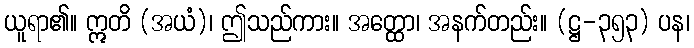
ယူရာ၏။ ဣတိ (အယံ)၊ ဤသည်ကား။ အတ္ထော၊ အနက်တည်း။ (ဋ္ဌ-၃၅၃) ပန၊